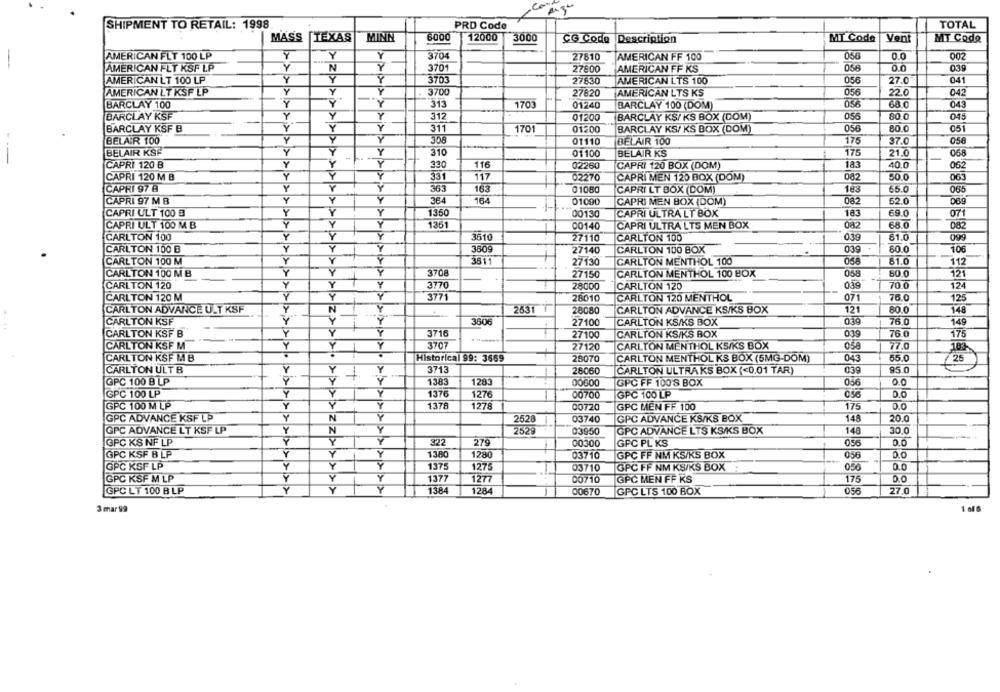
SHIPMENT TO RETAIL: 1998
PRD Code
TOTAL
6000
MASS
TEXAS
MININ
12000
3000
CG Code
Description
MT Code
Vent
MT Code
AMERICAN FLT 100 LP
Y
Y
3704
27810
056
0.0
002
-
AMERICAN FF 100
AMERICAN FLT KSF LP
Y
N
Y
3701
27800
AMERICAN FF KS
0.0
039
AMERICAN LT 100 LP
Y
3703
27830
AMERICAN LTS 100
056
27.0
041
AMERICAN LT KSF LP
Y
3700
27820
AMERICAN LTS KS
056
220
042
Y
Y
313
1703
058
68 0
043
BARCLAY 100
01240
BARCLAY 100 (DOM)
BARCLAY KSF
Y
Y
Y
317
01200
BARCLAY KS/ KS BOX (DOM)
056
80 0
045
-
BARCLAY KSF B
Y
Y
311
1701
01200
BARCLAY KS/ KS BOX (DOM)
056
80.0
051
Y
Y
..
BELAIR 100
01110
BELAIR 100
175
37.0
058
BELAIR KSF
Y
Y
310
175
21.0
068
01100
BELAIR KS
CAPRI 120 B
Y
Y
330
116
02260
CAPRI 120 BOX (DOM)
183
40.0
062
CAPRI 120 M B
Y
Y
117
02270
CAPRI MEN 120 BOX (DOM)
082
50.0
063
Y
CAPRI 97 8
363
163
01080
CAPRI LT BOX (DOM)
183
65.0
065
CAPRI 97 M B
Y
Y
Y
364
164
01090
082
62.0
CAPRI MEN BOX (DOM)
CAPRI ULT 100 B
Y
Y
1350
00130
CAPRI ULTRA LT BOX
183
69.0
071
Y
CAPRI ULT 100 M B
Y
Y
1351
00140
CAPRI ULTRA LTS MEN BOX
082
68.0
082
Y
CARLTON 100
Y
3610
27110
CARLTON 100
039
81.0
CARLTON 100 B
Y
Y
Y
3809
CARLTON 100 BOX
039
60.0
106
27140
CARLTON 100 M
Y
Y
3511
27130
CARLTON MENTHOL 100
81.0
112
CARLTON 100 M B
Y
Y
3708
27150
CARLTON MENTHOL 100 BOX
058
60.0
121
Y
Y
3770
03.9
70 0
CARLTON 120
28000
CARLTON 120
124
CARLTON 120 M
Y
Y
Y
3771
28010
CARLTON 120 MENTHOL
071
76.0
125
CARLTON ADVANCE ULT KSF
Y
N
2631 1
28080
CARLTON ADVANCE KS/KS BOX
121
60.0
148
CARLTON KSF
Y
Y
3606
27100
CARLTON KS/KS BOX
039
76.0
149
3716
039
CARLTON KSF B
Y
Y
27100
CARLTON KS/KS BOX
76.0
175
CARLTON KSF M
Y
Y
3707
27120
CARLTON MENTHOL KS/KS BOX
058
770
183
Y
CARLTON KSF M B
Historical 99: 3669
28070
CARLTON MENTHOL KS BOX (5MG-DOM)
043
55.0
25
CARLTON ULT B
Y
Y
3713
28060
CARLTON ULTRAKS BOX (<0.01 TAR)
03
95.0
1383
1283
056
00
GPC 100 B LP
00600
GPC FF 1008 BOX
GPC 100 LP
Y
1376
1276
00700
GPC 100 LP
056
D.C
GPC 100 M LP
Y
1378
1278
00720
GPC MEN FF 100
175
0.0
GPC ADVANCE KSF LP
Y
N
2528
03740
GPC ADVANCE KS/KS BOX
148
20.0
Y
>>>>>>
Y
GPC ADVANCE LT KSF LP
N
2529
03950
GPC ADVANCE LTS KS/KS BOX
14
30.0
GPC KS NF LP
Y
Y
Y
322
279
00300
GPC PL KS
056
D.C
GPC KSF B LP
Y
Y
Y
1380
1280
03710
GPC FF NM KS/KS BOX
056
GPC KSF LP
Y
Y
Y
1375
1275
03710
GPC FF NM KS/KS BOX
056
Y
1377
1277
00710
175
D.C
GPC KSF M LP
1
GPC MEN FF KS
GPC LT 100 B LP
Y
Y
Y
1384
1284
GPC LTS 100 BOX
056
27.0
00670
3 mar 99